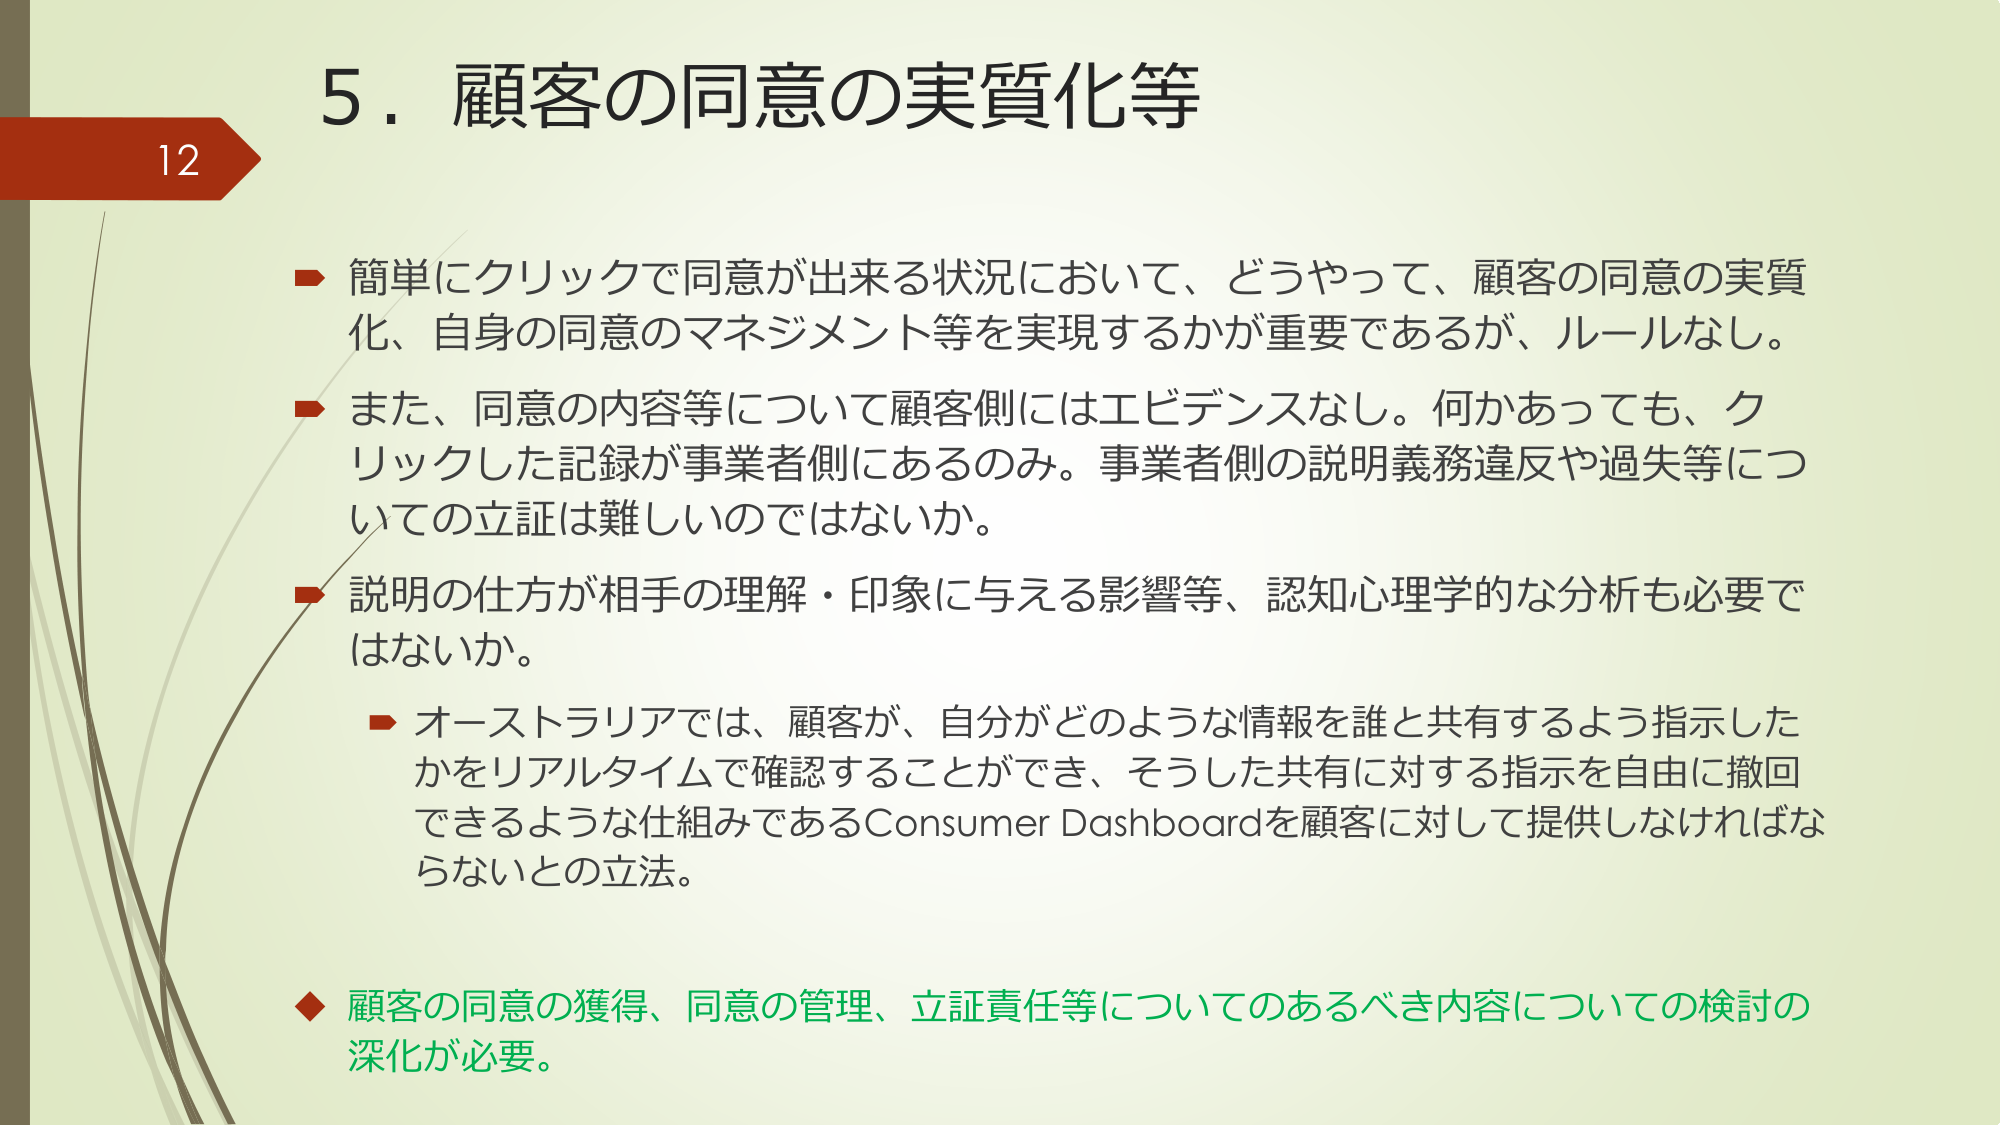
12
5．顧客の同意の実質化等

→ 簡単にクリックで同意が出来る状況において、どうやって、顧客の同意の実質化、自身の同意のマネジメント等を実現するかが重要であるが、ルールなし。

→ また、同意の内容等について顧客側にはエビデンスなし。何かあっても、クリックした記録が事業者側にあるのみ。事業者側の説明義務違反や過失等についての立証は難しいのではないか。

→ 説明の仕方が相手の理解・印象に与える影響等、認知心理学的な分析も必要ではないか。

　→ オーストラリアでは、顧客が、自分がどのような情報を誰と共有するよう指示したかをリアルタイムで確認することができ、そうした共有に対する指示を自由に撤回できるような仕組みであるConsumer Dashboardを顧客に対して提供しなければならないとの立法。

◆ 顧客の同意の獲得、同意の管理、立証責任等についてのあるべき内容についての検討の深化が必要。